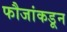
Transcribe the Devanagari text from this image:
फौजांकडून